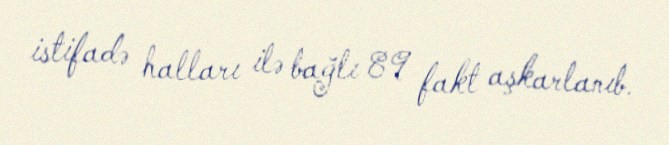
istifadə halları ilə bağlı 89 fakt aşkarlanıb.